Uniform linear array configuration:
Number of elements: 64
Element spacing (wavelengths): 0.25
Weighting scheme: uniform
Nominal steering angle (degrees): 0
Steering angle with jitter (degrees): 0.9063
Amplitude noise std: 0.05
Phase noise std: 0.05

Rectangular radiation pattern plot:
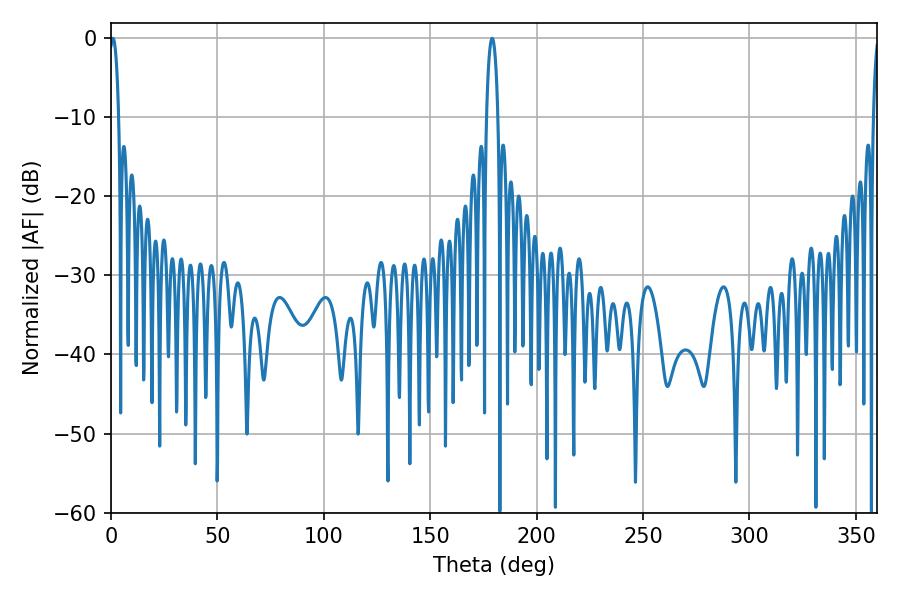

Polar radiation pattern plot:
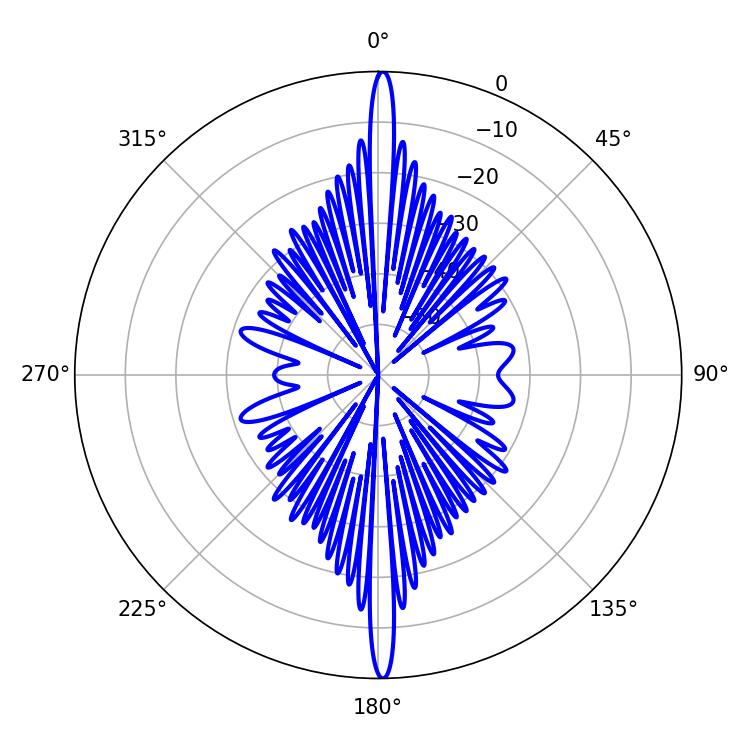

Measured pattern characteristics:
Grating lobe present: FALSE
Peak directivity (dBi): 29.776
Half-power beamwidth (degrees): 2.34
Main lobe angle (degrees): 0.9